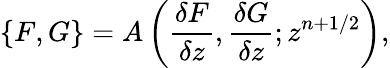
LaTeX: \{ F,G\} =A\left(\frac{\delta F}{\delta z},\frac{\delta G}{\delta z};z^{n+1/2}\right),